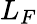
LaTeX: L_{F}